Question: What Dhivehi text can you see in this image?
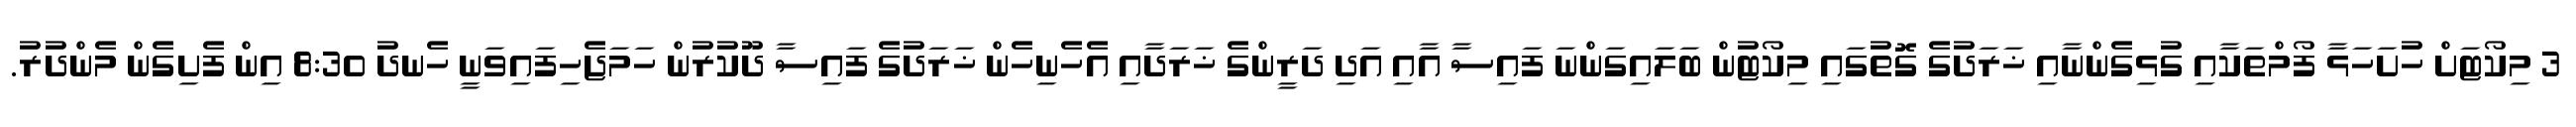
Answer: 3 މިކޯޓަށް ހުށަހަޅާ ފޯމްތަކާއި ގުޅިގެންނާއި ޚަރަދުގެ ގޮތުގައި މިކޯޓުން ބަލައިގަންނަ ފައިސާ އާއި އަދި ދަރީންގެ ޚަރަދާއި އެހެނިހެން ޚަރަދުގެ ފައިސާ ދޫކުރުން ހަމަޖެހިފައިވަނީ ހެނދު 8:30 އިން ފެށިގެން މެންދުރު.